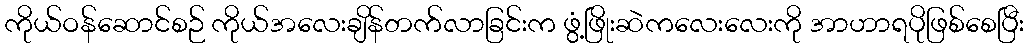
ကိုယ်ဝန်ဆောင်စဉ် ကိုယ်အလေးချိန်တက်လာခြင်းက ဖွံ့ဖြိုးဆဲကလေးလေးကို အာဟာရပိုဖြစ်စေပြီး